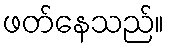
ဖတ်နေသည်။